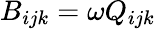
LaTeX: B_{ijk}=\omega Q_{ijk}